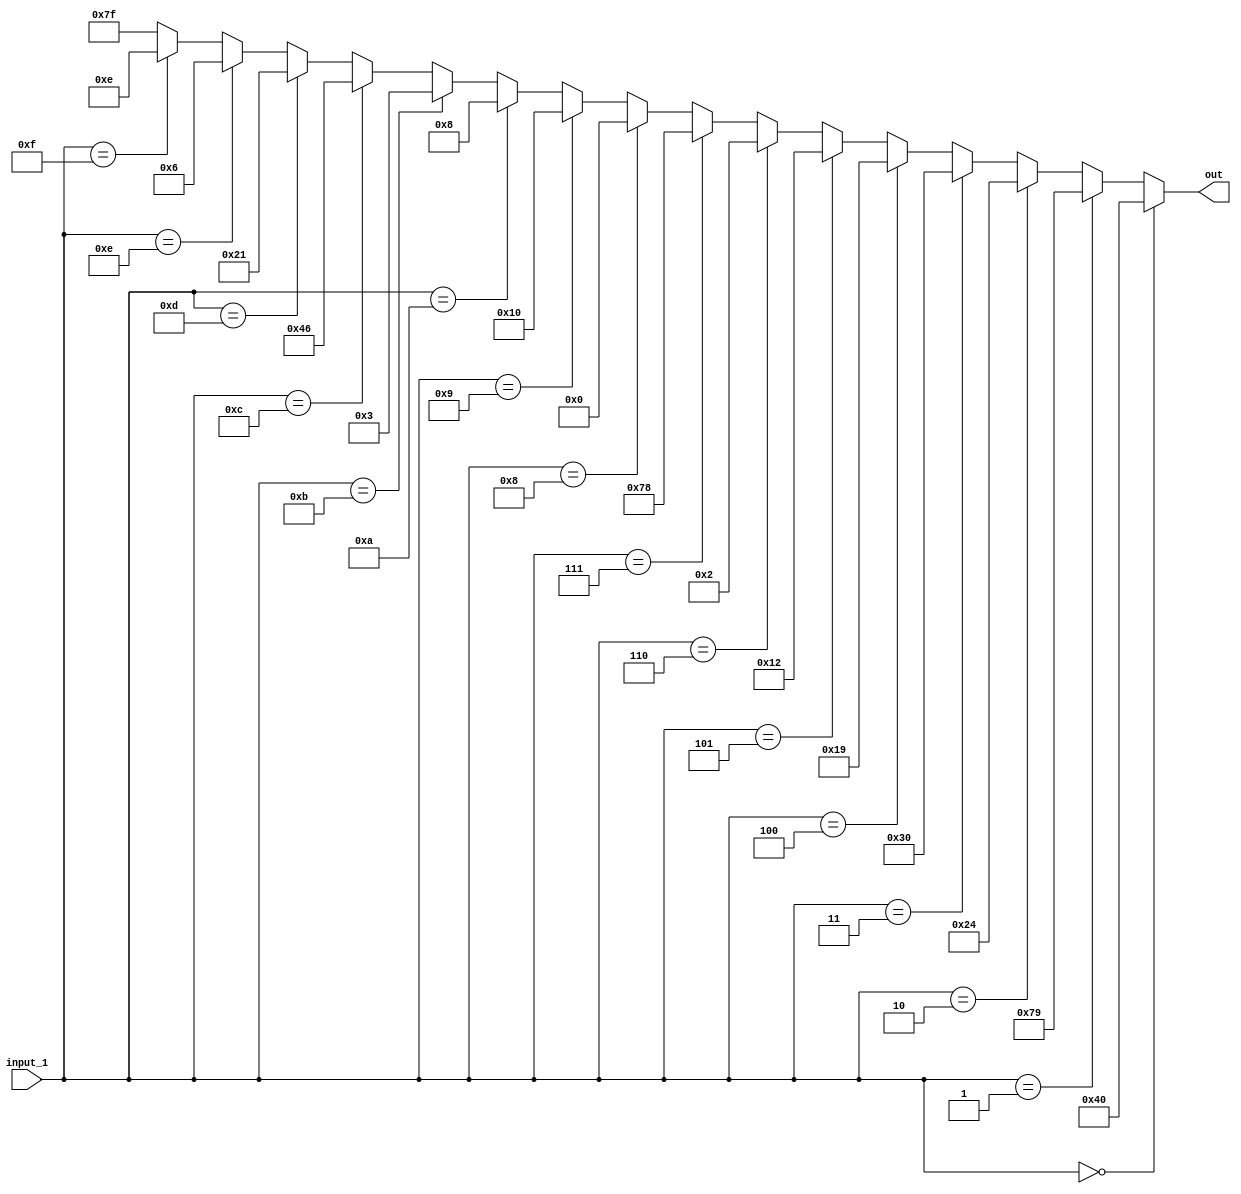
`timescale 1ns / 1ps

module seven_segment(input_1, out);

    input   [3:0] input_1;
    output  [6:0] out;
    
    assign out =  (input_1 == 4'b0000) ? 7'b1000000 :
                  (input_1 == 4'b0001) ? 7'b1111001 :
                  (input_1 == 4'b0010) ? 7'b0100100 :
                  (input_1 == 4'b0011) ? 7'b0110000 :
                  (input_1 == 4'b0100) ? 7'b0011001 :
                  (input_1 == 4'b0101) ? 7'b0010010 :
                  (input_1 == 4'b0110) ? 7'b0000010 :
                  (input_1 == 4'b0111) ? 7'b1111000 :
                  (input_1 == 4'b1000) ? 7'b0000000 :
                  (input_1 == 4'b1001) ? 7'b0010000 :
                  (input_1 == 4'b1010) ? 7'b0001000 :
                  (input_1 == 4'b1011) ? 7'b0000011 :
                  (input_1 == 4'b1100) ? 7'b1000110 :
                  (input_1 == 4'b1101) ? 7'b0100001 :
                  (input_1 == 4'b1110) ? 7'b0000110 :
                  (input_1 == 4'b1111) ? 7'b0001110 :
                  7'b1111111;


endmodule